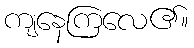
ကျနေကြလေ၏။